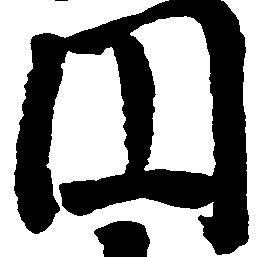
円